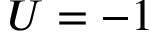
U = - 1